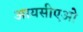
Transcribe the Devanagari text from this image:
आयसीएओ